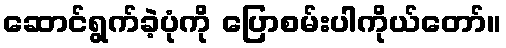
ဆောင်ရွက်ခဲ့ပုံကို ပြောစမ်းပါကိုယ်တော်။